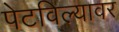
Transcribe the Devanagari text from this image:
पेटविल्यावर